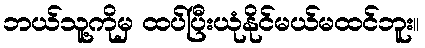
ဘယ်သူ့ကိုမှ ထပ်ပြီးယုံနိုင်မယ်မထင်ဘူး။